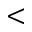
<